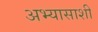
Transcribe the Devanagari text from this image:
अभ्यासाशी